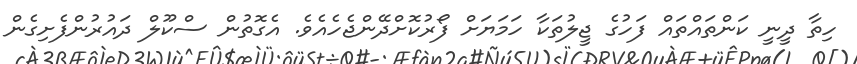
ހިތާ ދީނީ ކަންތައްތައް ފަހުގެ ޖީލުތަކާ ހަމަޔަށް ފޯރުކޮށްދޭންޖެހެއެވެ. އެގޮތުން ސްކޫލް ދައުރުންފެށިގެން